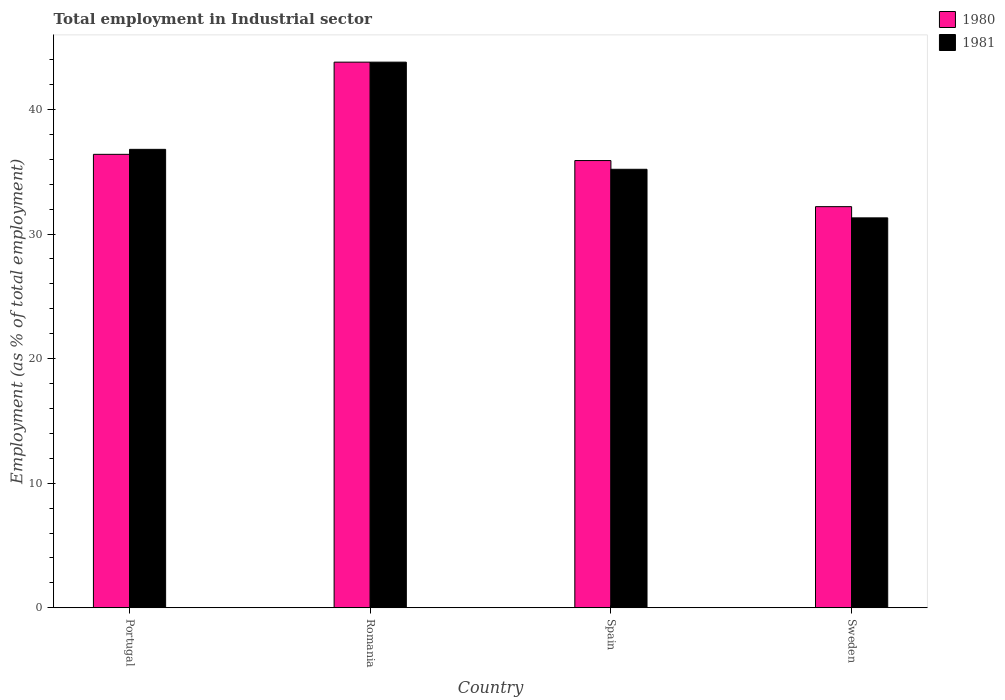
| Country | 1980 | 1981 |
 | --- | --- | --- |
 | Portugal | 36.4 | 36.8 |
 | Romania | 43.8 | 43.8 |
 | Spain | 35.9 | 35.2 |
 | Sweden | 32.2 | 31.3 |